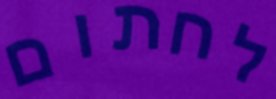
לחתום